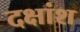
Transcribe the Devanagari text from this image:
दक्षांश